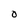
Character: O